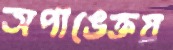
অপাঙেক্তয়